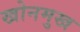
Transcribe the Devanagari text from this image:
खोनमुख